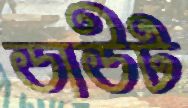
ডাউট